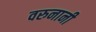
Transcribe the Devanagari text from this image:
वरुनानी